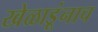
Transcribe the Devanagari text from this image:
खेळाडूंनाच